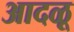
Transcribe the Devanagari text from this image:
आदळू